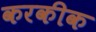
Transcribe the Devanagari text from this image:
करकीक